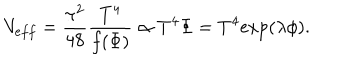
V _ { e f f } = \frac { \pi ^ { 2 } } { 4 8 } \frac { T ^ { 4 } } { f ( \Phi ) } \propto T ^ { 4 } \Phi = T ^ { 4 } \mathrm { e x p } ( \lambda \phi ) .